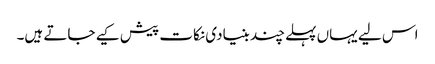
اس لیے یہاں پہلے چند بنیادی نکات پیش کیے جاتے ہیں۔